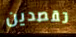
تقصدين